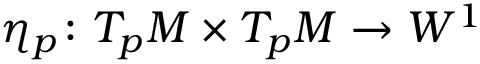
\eta _ { p } \colon T _ { p } M \times T _ { p } M \to W ^ { 1 }